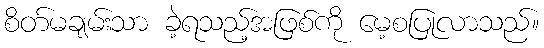
စိတ်မချမ်းသာ ခဲ့ရသည့်အဖြစ်ကို မေ့စပြုလာသည်။